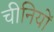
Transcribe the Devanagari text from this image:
चीनियाें